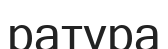
ратура